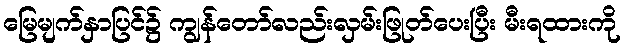
မြေမျက်နှာပြင်၌ ကျွန်တော်လည်းလှမ်းဖြုတ်ပေးပြီး မီးရထားကို